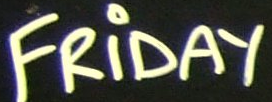
FRIDAY